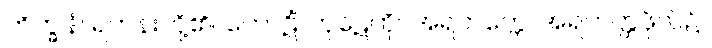
ဘိက္ခုနံ၊ ရဟန်းတို့၏။ ကောဋိံ၊ ကုဋေကို။ အရဟတ္တေ၊ အရဟတ္တဖိုလ်၌။